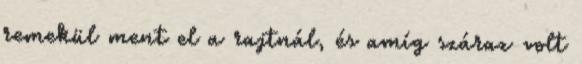
remekül ment el a rajtnál, és amíg száraz volt